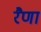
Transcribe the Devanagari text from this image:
रैणा